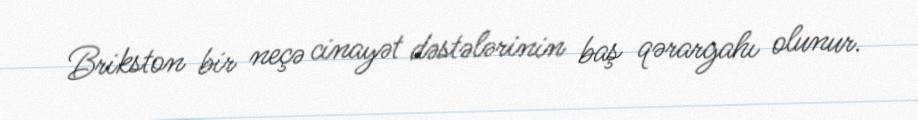
Brikston bir neçə cinayət dəstələrinin baş qərargahı olunur.